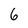
Character: 6